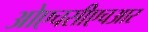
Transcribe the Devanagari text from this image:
ओएचसीएचआर